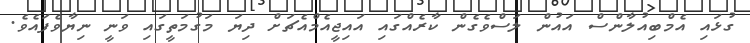
ގުޅައި އެމްބިއުލާންސް އައުން ލަސްވެގެން ކާރެއްގައި އައިޖީއެމްއެޗަށް ދިޔަ މަގުމަތީގައި ވަނީ ނިޔާވެފައެވެ.